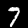
Label: 7